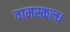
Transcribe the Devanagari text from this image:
वामस्कन्ध